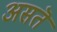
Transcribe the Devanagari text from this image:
असतॆ